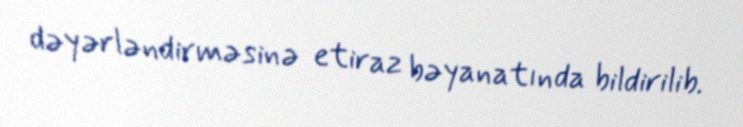
dəyərləndirməsinə etiraz bəyanatında bildirilib.